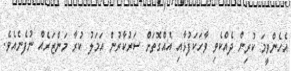
އެހެންވީމަ ކުރިން ދެއްކެވި ވާހަކަފުޅާއި އެއްގޮތަށް ސަރުކާރުން އަމަލު ކުރާ މަންޒަރެއް ނުފެނެއެވެ.